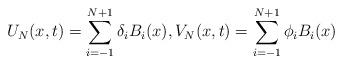
LaTeX: \begin{align*}U_{N}(x,t)=\sum_{i=-1}^{N+1}\delta _{i}B_{i}(x),V_{N}(x,t)=\sum_{i=-1}^{N+1}\phi _{i}B_{i}(x) \end{align*}